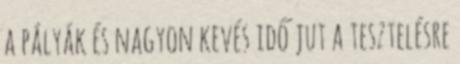
a pályák és nagyon kevés idő jut a tesztelésre